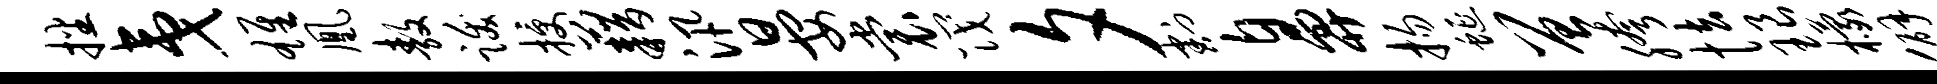
播夷雄凰敖跋授藉汛晏裳筏夕割鼻扬蜒曾胯怯琅檬僻